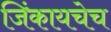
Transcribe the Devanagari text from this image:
जिंकायचेच